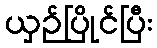
ယှဉ်ပြိုင်ပြီး